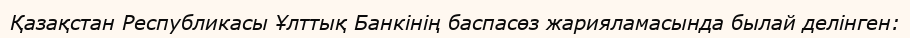
Қазақстан Республикасы Ұлттық Банкінің баспасөз жарияламасында былай делінген: